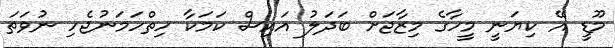
މޫޑީ އޭ ކިޔަނީ މީހާގެ މިޒާޖަށް ބަދަލު އައިސް ކަމަކާ ހިތްހަމަނުޖެހި ނުވަތަ